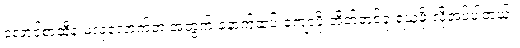
လောင်စာဆီနဲ့ မလုံလောက်တဲ့ အတွက် နောက်ထပ် ကျောပိုးအိတ်တစ်ခု ရယူဖို့ လိုအပ်ပါတယ်။